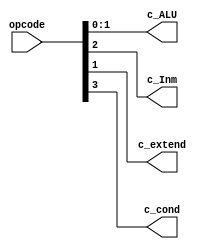
module Decoder(
  input [3:0] opcode,
  output [1:0] c_ALU,
  output c_Inm, c_extend, c_cond
);
  wire [1:0] c_ALU;
  wire c_Inm, c_extend, c_cond;
  
  assign c_ALU = opcode[1:0];
  assign c_Inm = opcode[2];
  assign c_extend = opcode[1] & opcode[1];
  assign c_cond = opcode[3];
  
endmodule